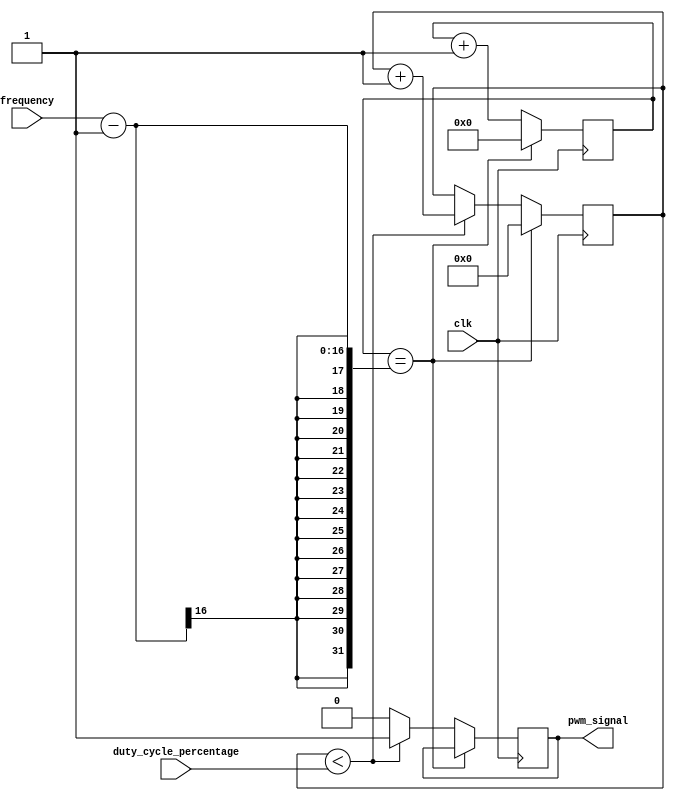
module pwm_generator(
    input wire clk,
    input wire [15:0] frequency,
    input wire [7:0] duty_cycle_percentage,
    output reg pwm_signal
);

reg [15:0] counter;
reg [7:0] duty_cycle_count;

always @(posedge clk) begin
    if (counter == frequency-1) begin
        counter <= 0;
        duty_cycle_count <= 0;
    end else begin
        counter <= counter + 1;
        if (duty_cycle_count < duty_cycle_percentage) begin
            pwm_signal <= 1;
            duty_cycle_count <= duty_cycle_count + 1;
        end else begin
            pwm_signal <= 0;
        end
    end
end

endmodule